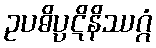
ဥပဓိပ္ပဋိနိဿဂ္ဂံ